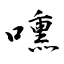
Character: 嚑